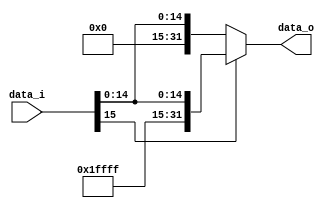
// 0610780

//Subject:     CO project 2 - Sign extend
//--------------------------------------------------------------------------------
//Version:     1
//--------------------------------------------------------------------------------
//Writer:
//----------------------------------------------
//Date:
//----------------------------------------------
//Description:
//--------------------------------------------------------------------------------

module Sign_Extend(
    data_i,
    data_o
    );

//I/O ports
input   [16-1:0] data_i;
output  [32-1:0] data_o;

//Internal Signals
reg     [32-1:0] data_o;

//Sign extended
always @ ( * ) begin
    if (data_i[15]) begin
        data_o <= { 16'hffff, data_i[15:0] };
    end else begin
        data_o <= { 16'h0000, data_i[15:0] };
    end
end

endmodule